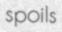
spoils